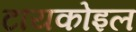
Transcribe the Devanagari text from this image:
टायकोइल